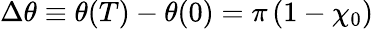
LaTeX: \Delta\theta\equiv\theta(T)-\theta(0)=\pi\, (1-\chi_{0})